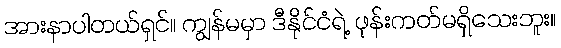
အားနာပါတယ်ရှင်။ ကျွန်မမှာ ဒီနိုင်ငံရဲ့ ဖုန်းကတ်မရှိသေးဘူး။